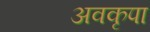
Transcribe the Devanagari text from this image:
अवकृपा